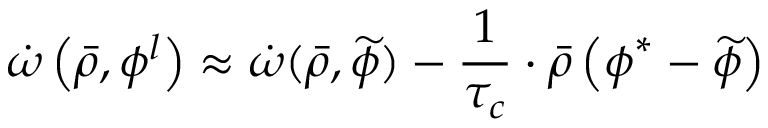
\dot { \omega } \left( \bar { \rho } , \phi ^ { l } \right) \approx \dot { \omega } ( \bar { \rho } , \widetilde { \phi } ) - \frac { 1 } { \tau _ { c } } \cdot \bar { \rho } \left( \boldsymbol { \phi } ^ { * } - \widetilde { \phi } \right)